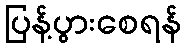
ပြန့်ပွားစေရန်